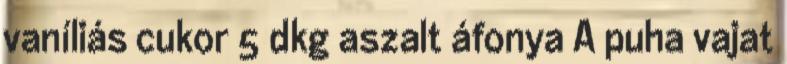
vaníliás cukor 5 dkg aszalt áfonya A puha vajat